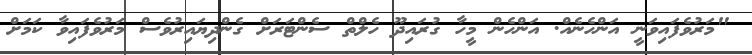
"މަރުވެފައިވަނީ އަންހެނެއް. އަންހެން މީހާ ގުރައިދޫ ހެލްތް ސެންޓަރަށް ގެންދިޔައިރުވެސް މަރުވެފައިވާ ކަމަށް